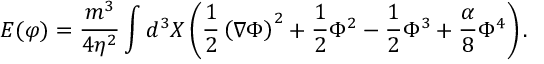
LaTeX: E ( \varphi ) = \frac { m ^ { 3 } } { 4 \eta ^ { 2 } } \int d ^ { 3 } X \left( { \frac { 1 } { 2 } } \left( \nabla \Phi \right) ^ { 2 } + { \frac { 1 } { 2 } } \Phi ^ { 2 } - { \frac { 1 } { 2 } } \Phi ^ { 3 } + { \frac { \alpha } { 8 } } \Phi ^ { 4 } \right) .